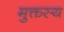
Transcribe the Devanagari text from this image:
मुक्तस्य